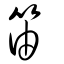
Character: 笛